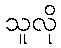
သူလို